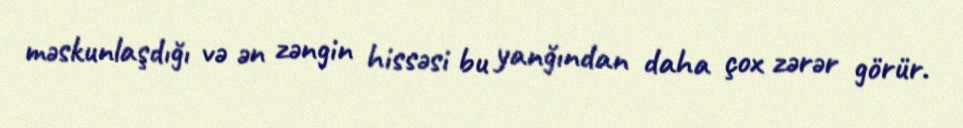
məskunlaşdığı və ən zəngin hissəsi bu yanğından daha çox zərər görür.